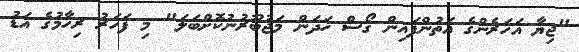
"ޖިޔާ އަހަރެންގެ އަތުންފައިން ގޯސް ހަދަން މަޖުބޫރުނުކޮށްބަލަ" މި ފަހަރު ރިހާމުގެ އަޑު